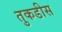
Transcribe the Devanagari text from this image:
तुकडीस